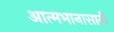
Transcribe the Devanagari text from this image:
आत्मभानासाठी